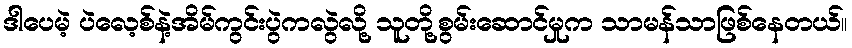
ဒါပေမဲ့ ပဲလေ့စ်နဲ့အိမ်ကွင်းပွဲကလွဲလို့ သူတို့စွမ်းဆောင်မှုက သာမန်သာဖြစ်နေတယ်။